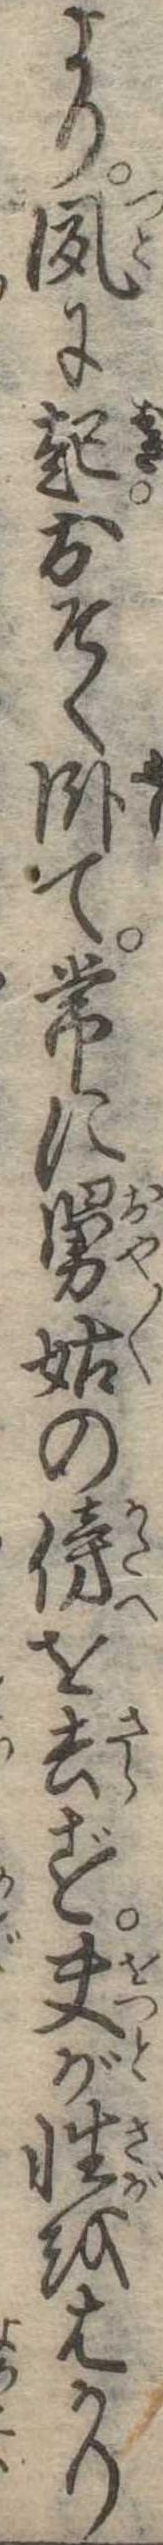
より夙に起おそく臥て常に舅姑の傍を去ず夫が性をはかり